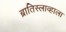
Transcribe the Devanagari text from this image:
ब्रातिस्लाव्हाला